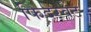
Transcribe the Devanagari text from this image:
फिदरवेट